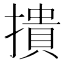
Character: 撌